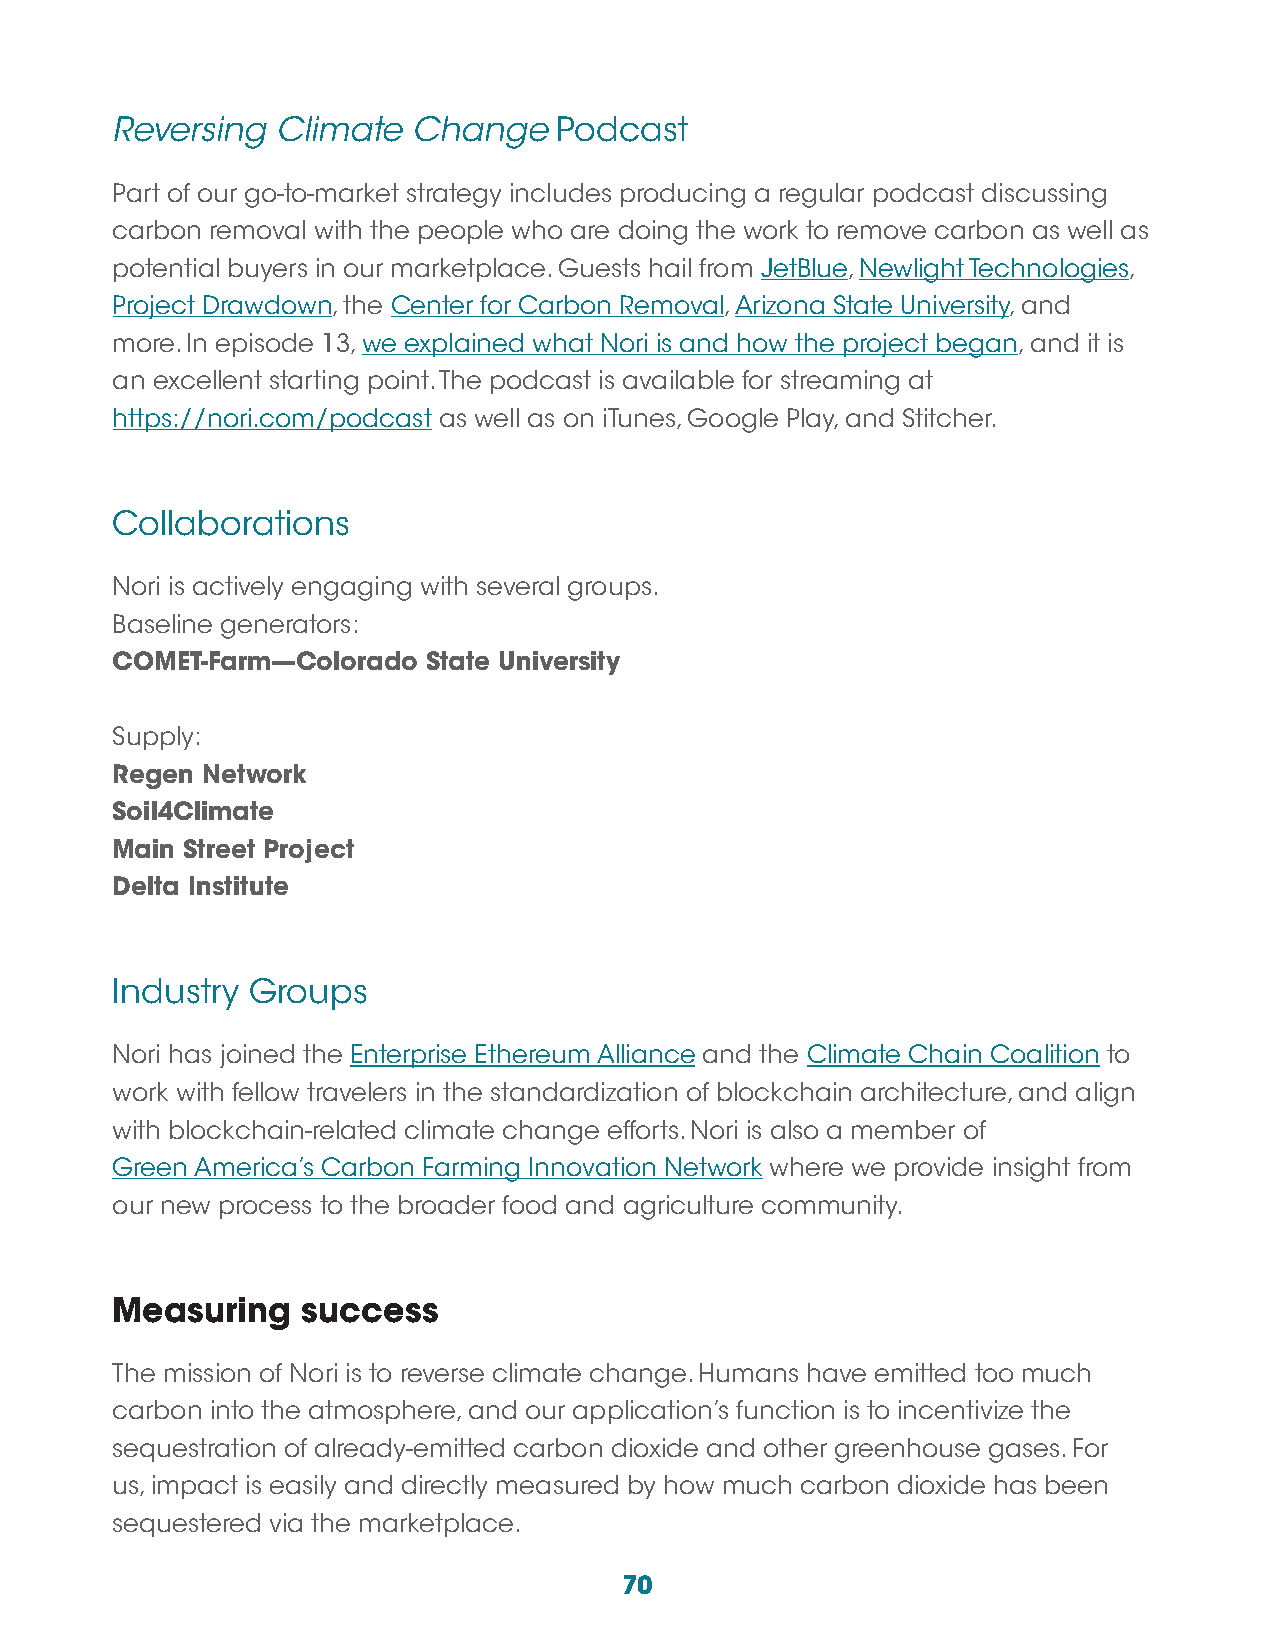
Reversing  Climate  Change    Podcast
 Part of our go-to-market strategy includes producing a regular podcast discussing
 carbon removal with the people who are doing the work to remove carbon as well as
 potential buyers in our marketplace. Guests hail from JetBlue, Newlight Technologies,
 Project Drawdown, the Center for Carbon Removal, Arizona State University, and
 more. In episode 13, we explained what Nori is and how the project began, and it is
 an excellent starting point. The podcast is available for streaming at
 https://nori.com/podcast as well as on iTunes, Google Play, and Stitcher.
 Collaborations
 Nori is actively engaging with several groups.
 Baseline generators:
 COMET-Farm—Colorado  State University
 Supply:
 Regen Network
 Soil4Climate
 Main Street Project
 Delta Institute
 Industry Groups
 Nori has joined the Enterprise Ethereum Alliance and the Climate Chain Coalition to
 work with fellow travelers in the standardization of blockchain architecture, and align
 with blockchain-related climate change efforts. Nori is also a member of
 Green America’s Carbon Farming Innovation Network where we provide insight from
 our new process to the broader food and agriculture community.
 Measuring    success
 The mission of Nori is to reverse climate change. Humans have emitted too much
 carbon into the atmosphere, and our application’s function is to incentivize the
 sequestration of already-emitted carbon dioxide and other greenhouse gases. For
 us, impact is easily and directly measured by how much carbon dioxide has been
 sequestered via the marketplace.
 70